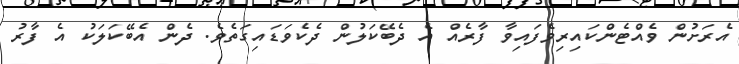
އެރަށުން ވެއްޓެންކައިރިވެފައިވާ ފާރެއް އެ ދެބޭކަލުން ދެކެވަޑައިގަތެވެ. ދެން އެބޭކަލަކު އެ ފާރު